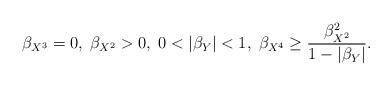
LaTeX: \begin{align*}\beta_{X^3}=0, \; \beta_{X^2}>0,\; 0<|\beta_Y|<1, \;\beta_{X^4}\geq \frac{\beta_{X^2}^2}{1-|\beta_Y|}.\end{align*}